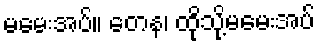
မမေးအပ်။ တေန၊ ထိုသို့မမေးအပ်